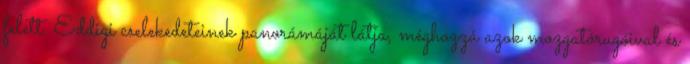
felett. Eddigi cselekedeteinek panorámáját látja, méghozzá azok mozgatórugóival és